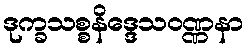
ဒုက္ခသစ္စနိဒ္ဒေသဝဏ္ဏနာ